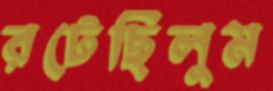
রটেছিলুম